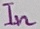
Text: In